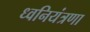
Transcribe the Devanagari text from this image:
ध्वनियंत्रणा